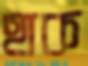
হাক